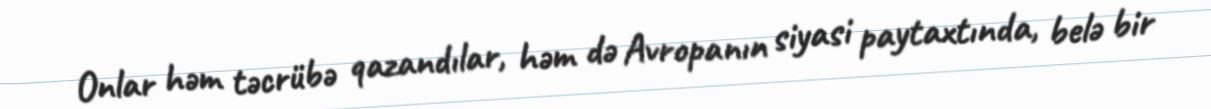
Onlar həm təcrübə qazandılar, həm də Avropanın siyasi paytaxtında, belə bir